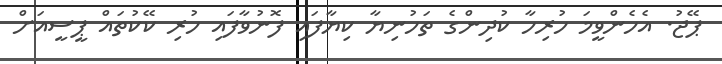
ޕޭޖު. އެހެންވީމަ ހުރިހާ ކުދިންގެ ތަހުނިޔާ ކިޔާފައި ފޮނުވާފައި ހުރި ކޭކުތައް ޕީސީއަށް